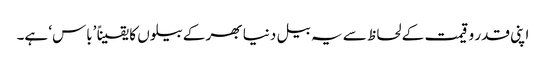
اپنی قدر و قیمت کے لحاظ سے یہ بیل دنیا بھر کے بیلوں کا یقیناً ’باس‘ ہے۔